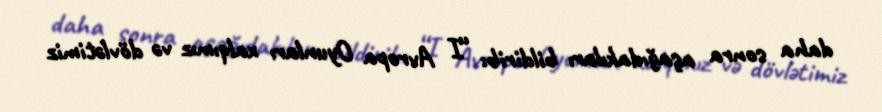
daha sonra aşağıdakıları bildirib: “I Avropa Oyunları xalqımız və dövlətimiz